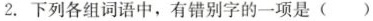
2.下列各组词语中，有错别字的一项是( )